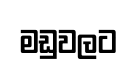
මඩුවලට